Civil Veterinary Dept. Bombay admin report 1932-41 - 1932-1941
Year: 1932
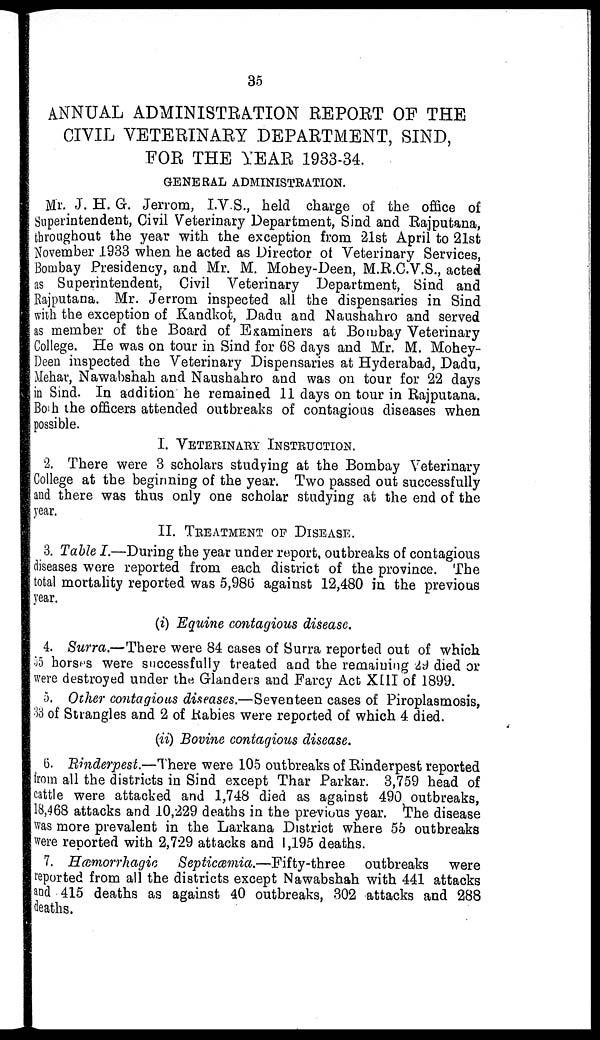
35
ANNUAL ADMINISTRATION REPORT OF THE
CIVIL VETERINARY DEPARTMENT, SIND,
FOR THE YEAR 1933-34.
GENERAL ADMINISTRATION.
Mr. J. H. G. Jerrom, I.V.S., held charge of the office of
Superintendent, Civil Veterinary Department, Sind and Rajputana,
throughout the year with the exception from 21st April to 21st
November 1933 when he acted as Director of Veterinary Services,
Bombay Presidency, and Mr. M. Mohey-Deen, M.R.C.V.S., acted
as Superintendent, Civil Veterinary Department, Sind and
Rajputana. Mr. Jerrom inspected all the dispensaries in Sind
with the exception of Kandkot, Dadu and Naushahro and served
as member of the Board of Examiners at Bombay Veterinary
College. He was on tour in Sind for 68 days and Mr. M. Mohey-
Deen inspected the Veterinary Dispensaries at Hyderabad, Dadu,
Mehar, Nawabshah and Naushahro and was on tour for 22 days
in Sind. In addition he remained 11 days on tour in Rajputana.
Both the officers attended outbreaks of contagious diseases when
possible.
I. VETERINARY INSTRUCTION
2. There were 3 scholars studying at the Bombay Veterinary
College at the beginning of the year. Two passed out successfully
and there was thus only one scholar studying at the end of the
year.
II. TREATMENT OF DISEASE.
3. Table I.—During the year under report, outbreaks of contagious
diseases were reported from each district of the province. The
total mortality reported was 5,986 against 12,480 in the previous
year.
(i) Equine contagious disease.
4. Surra.—There were 84 cases of Surra reported out of which
35 horses were successfully treated and the remaining 29 died or
were destroyed under the Glanders and Farcy Act XIII of 1899.
5. Other contagious diseases.—Seventeen cases of Piroplasmosis,
33 of Strangles and 2 of Rabies were reported of which 4 died.
(ii) Bovine contagious disease.
6. Rinderpest.—There were 105 outbreaks of Rinderpest reported
from all the districts in Sind except Thar Parkar. 3,759 head of
cattle were attacked and 1,748 died as against 490 outbreaks,
18,468 attacks and 10,229 deaths in the previous year. The disease
was more prevalent in the Larkana District where 55 outbreaks
were reported with 2,729 attacks and 1,195 deaths.
7. Hæmorrhagic
Septicæmia.—Fifty-three
outbreaks were
reported from all the districts except Nawabshah with 441 attacks
and 415 deaths as against 40 outbreaks, 302 attacks and 288
deaths.